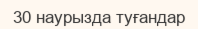
30 наурызда туғандар